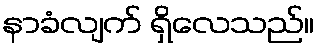
နာခံလျက် ရှိလေသည်။